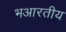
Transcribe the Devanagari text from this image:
भआरतीय